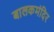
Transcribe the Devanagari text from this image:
बालकमंदिर